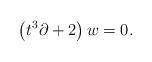
LaTeX: \begin{align*}\left( t^{3}\partial +2\right) w=0. \end{align*}